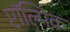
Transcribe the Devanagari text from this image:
प्टॉल्मिक